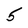
Character: 5